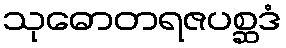
သုဓောတရဇပစ္ဆဒံ